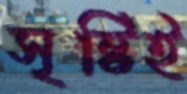
সৃষ্টিই